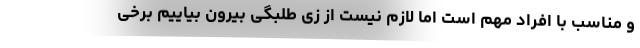
و مناسب با افراد مهم است اما لازم نیست از زی طلبگی بیرون بیاییم برخی